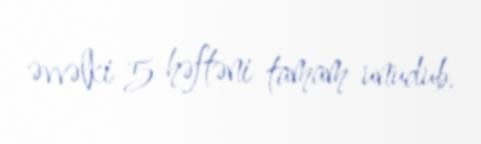
əvvəlki 5 həftəni tamam unudub.